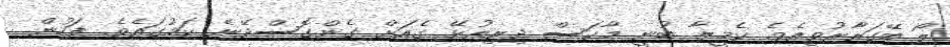
ލޯ ބޭގަރާރުވިއެވެ. ކެމީލާ ބުނީ މާކަސް ދިރިއުޅޭ ގެއަށް ގެންގޮސްދޭނެ ކަމުގައެވެ. ފަހުން